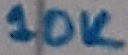
Text: 10K